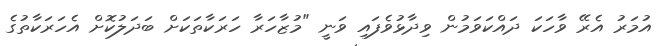
އުމަރު އެރޭ ވާހަކަ ދައްކަވަމުން ވިދާޅުވެފައި ވަނީ "މުޒާހަރާ ހަރަކާތަކަށް ބަދަލުކޮށް އެހަރަކާތުގެ